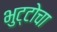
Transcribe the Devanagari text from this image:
भुट्टोचा